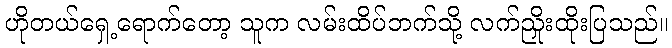
ဟိုတယ်ရှေ့ရောက်တော့ သူက လမ်းထိပ်ဘက်သို့ လက်ညှိုးထိုးပြသည်။